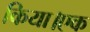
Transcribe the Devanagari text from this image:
किया।एक